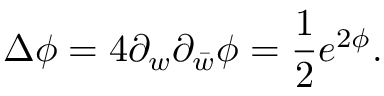
\Delta \phi = 4 \partial _ { w } \partial _ { \bar { w } } \phi = { \frac { 1 } { 2 } } e ^ { 2 \phi } .